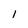
Character: 1